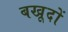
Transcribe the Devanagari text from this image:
बखूदों